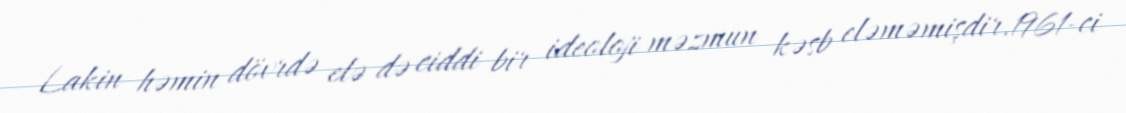
Lakin həmin dövrdə elə də ciddi bir ideoloji məzmun kəsb eləməmişdir.1961-ci